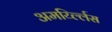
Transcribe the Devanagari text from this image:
अमर्य्ल्लिस